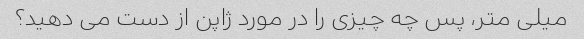
میلی متر، پس چه چیزی را در مورد ژاپن از دست می دهید؟